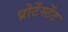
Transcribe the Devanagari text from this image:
प्रोटेंस्टेंट